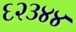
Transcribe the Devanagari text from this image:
६२३४४